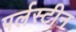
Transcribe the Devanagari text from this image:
पर्लस्टीन